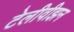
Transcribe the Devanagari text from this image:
टेलीवीझन